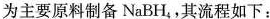
为主要原料制备NaBH_{4}，其流程如下：